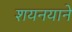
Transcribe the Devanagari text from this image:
शयनयाने